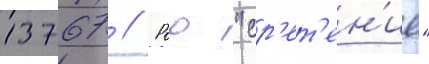
13767 // Роо "ср'ет'ен'ие"